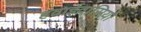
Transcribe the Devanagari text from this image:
हवाईवासियों